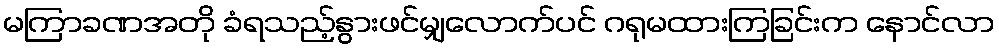
မကြာခဏအတို ခံရသည့်နွားဖင်မျှလောက်ပင် ဂရုမထားကြခြင်းက နောင်လာ